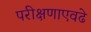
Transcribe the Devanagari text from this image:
परीक्षणाएवढे